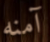
آمنه